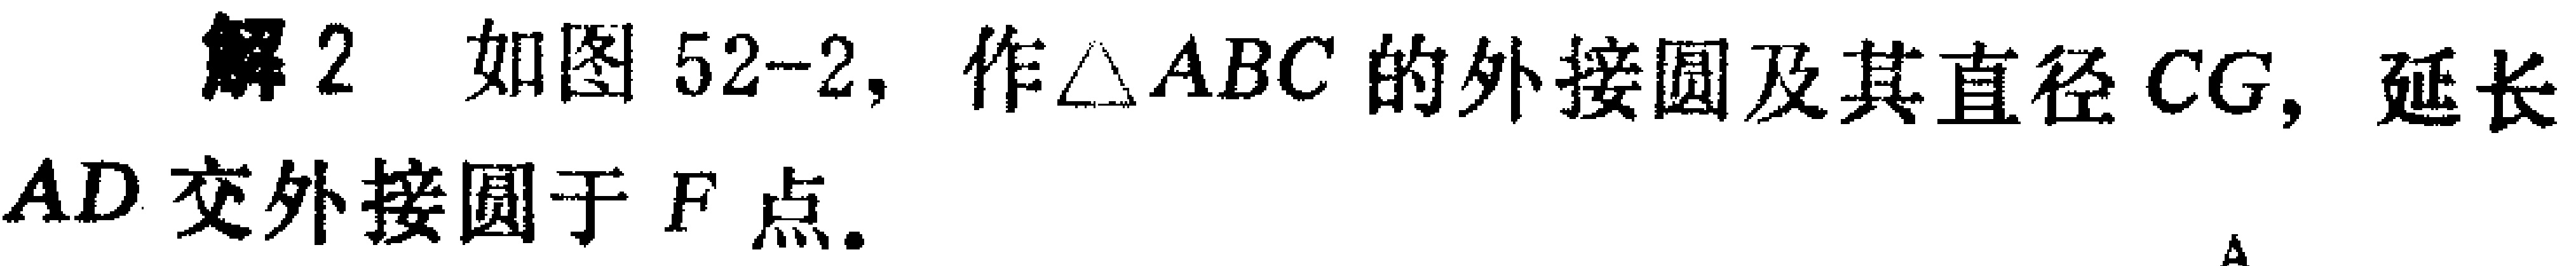
解2 如图52-2，作\(\triangle ABC\)的外接圆及其直径\(CG\)，延长\(AD\)交外接圆于\(F\)点。